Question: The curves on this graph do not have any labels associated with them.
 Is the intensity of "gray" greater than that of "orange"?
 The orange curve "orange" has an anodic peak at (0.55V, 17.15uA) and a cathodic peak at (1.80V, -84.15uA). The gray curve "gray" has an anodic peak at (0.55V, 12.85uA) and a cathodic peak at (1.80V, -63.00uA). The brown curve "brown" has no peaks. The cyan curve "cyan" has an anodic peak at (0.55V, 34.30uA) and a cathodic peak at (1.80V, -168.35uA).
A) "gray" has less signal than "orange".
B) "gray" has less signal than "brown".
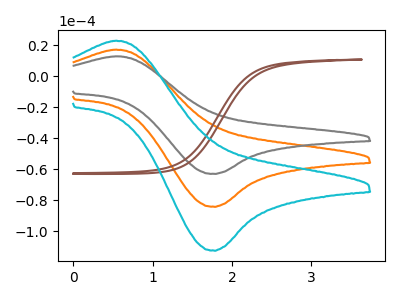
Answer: <think>All the peaks in "gray" have a peak in "orange" at the same potential. Every peak in "gray" is lower than every peak in "orange".
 </think>
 <answer>A) "gray" has less signal than "orange".</answer>
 <eval>A</eval>